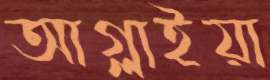
আগ্‌লাইয়া